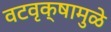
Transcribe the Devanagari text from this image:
वटवृक्षामुळे